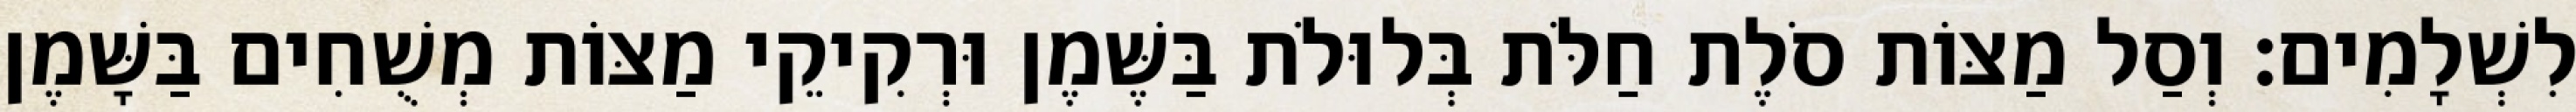
לִשְׁלָמִים׃ וְסַל מַצּוֹת סֹלֶת חַלֹּת בְּלוּלֹת בַּשֶּׁמֶן וּרְקִיקֵי מַצּוֹת מְשֻׁחִים בַּשָּׁמֶן